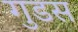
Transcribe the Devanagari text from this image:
गुडस